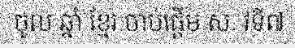
ចូល ឆ្នាំ ខ្មែរ ចាប់ផ្តើម ស. វទី៧